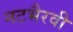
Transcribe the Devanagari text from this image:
नटभैरवी